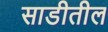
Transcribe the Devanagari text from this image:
साडीतील